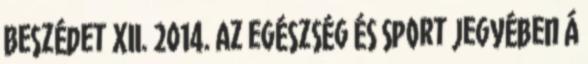
Beszédet XII. 2014. Az egészség és sport jegyében Á